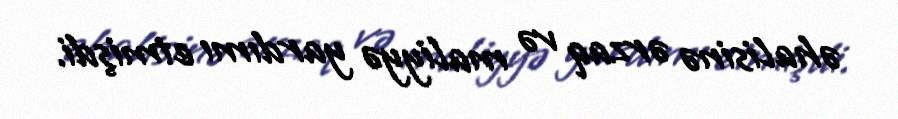
əhalisinə ərzaq və maliyyə yardımı etmişdi.